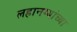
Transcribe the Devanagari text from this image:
लहानग्यांच्या